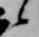
候